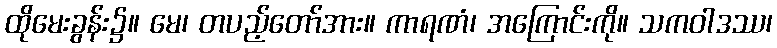
ထိုမေးခွန်း၌။ မေ၊ တပည့်တော်အား။ ကာရဏံ၊ အကြောင်းကို။ သကဝါဒဿ၊